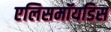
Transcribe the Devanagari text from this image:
एलिसमॉयडिस